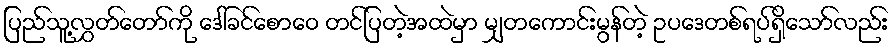
ပြည်သူ့လွှတ်တော်ကို ဒေါ်ခင်စောဝေ တင်ပြတဲ့အထဲမှာ မျှတကောင်းမွန်တဲ့ ဥပဒေတစ်ရပ်ရှိသော်လည်း